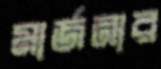
মার্জনার